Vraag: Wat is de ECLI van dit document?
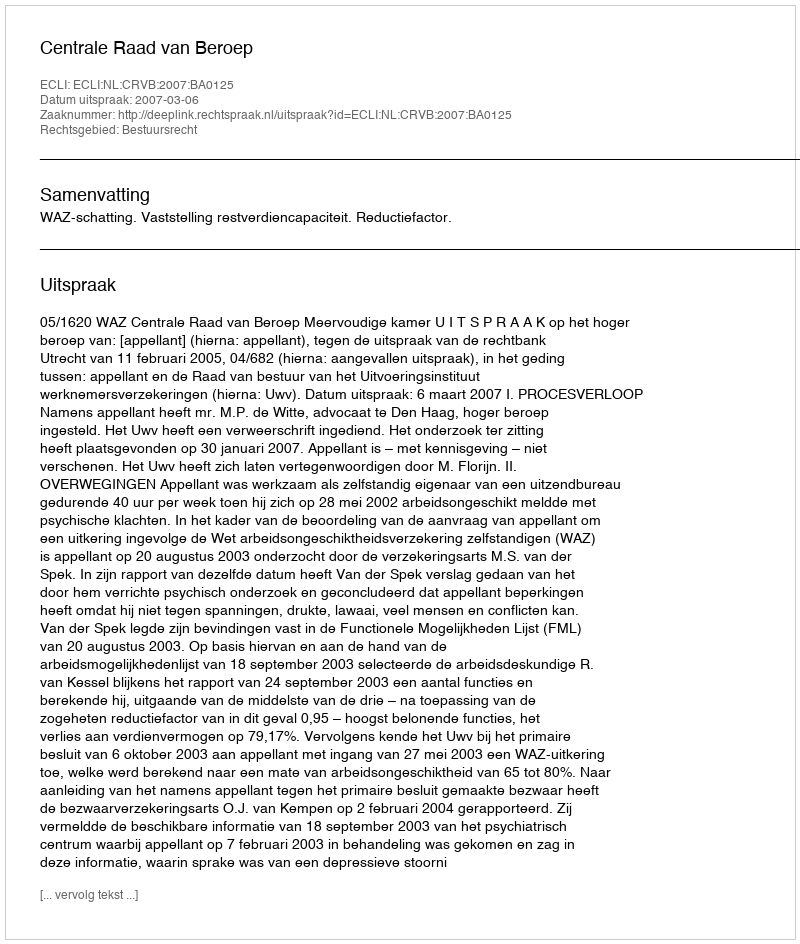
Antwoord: ECLI:NL:CRVB:2007:BA0125